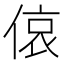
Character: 偯